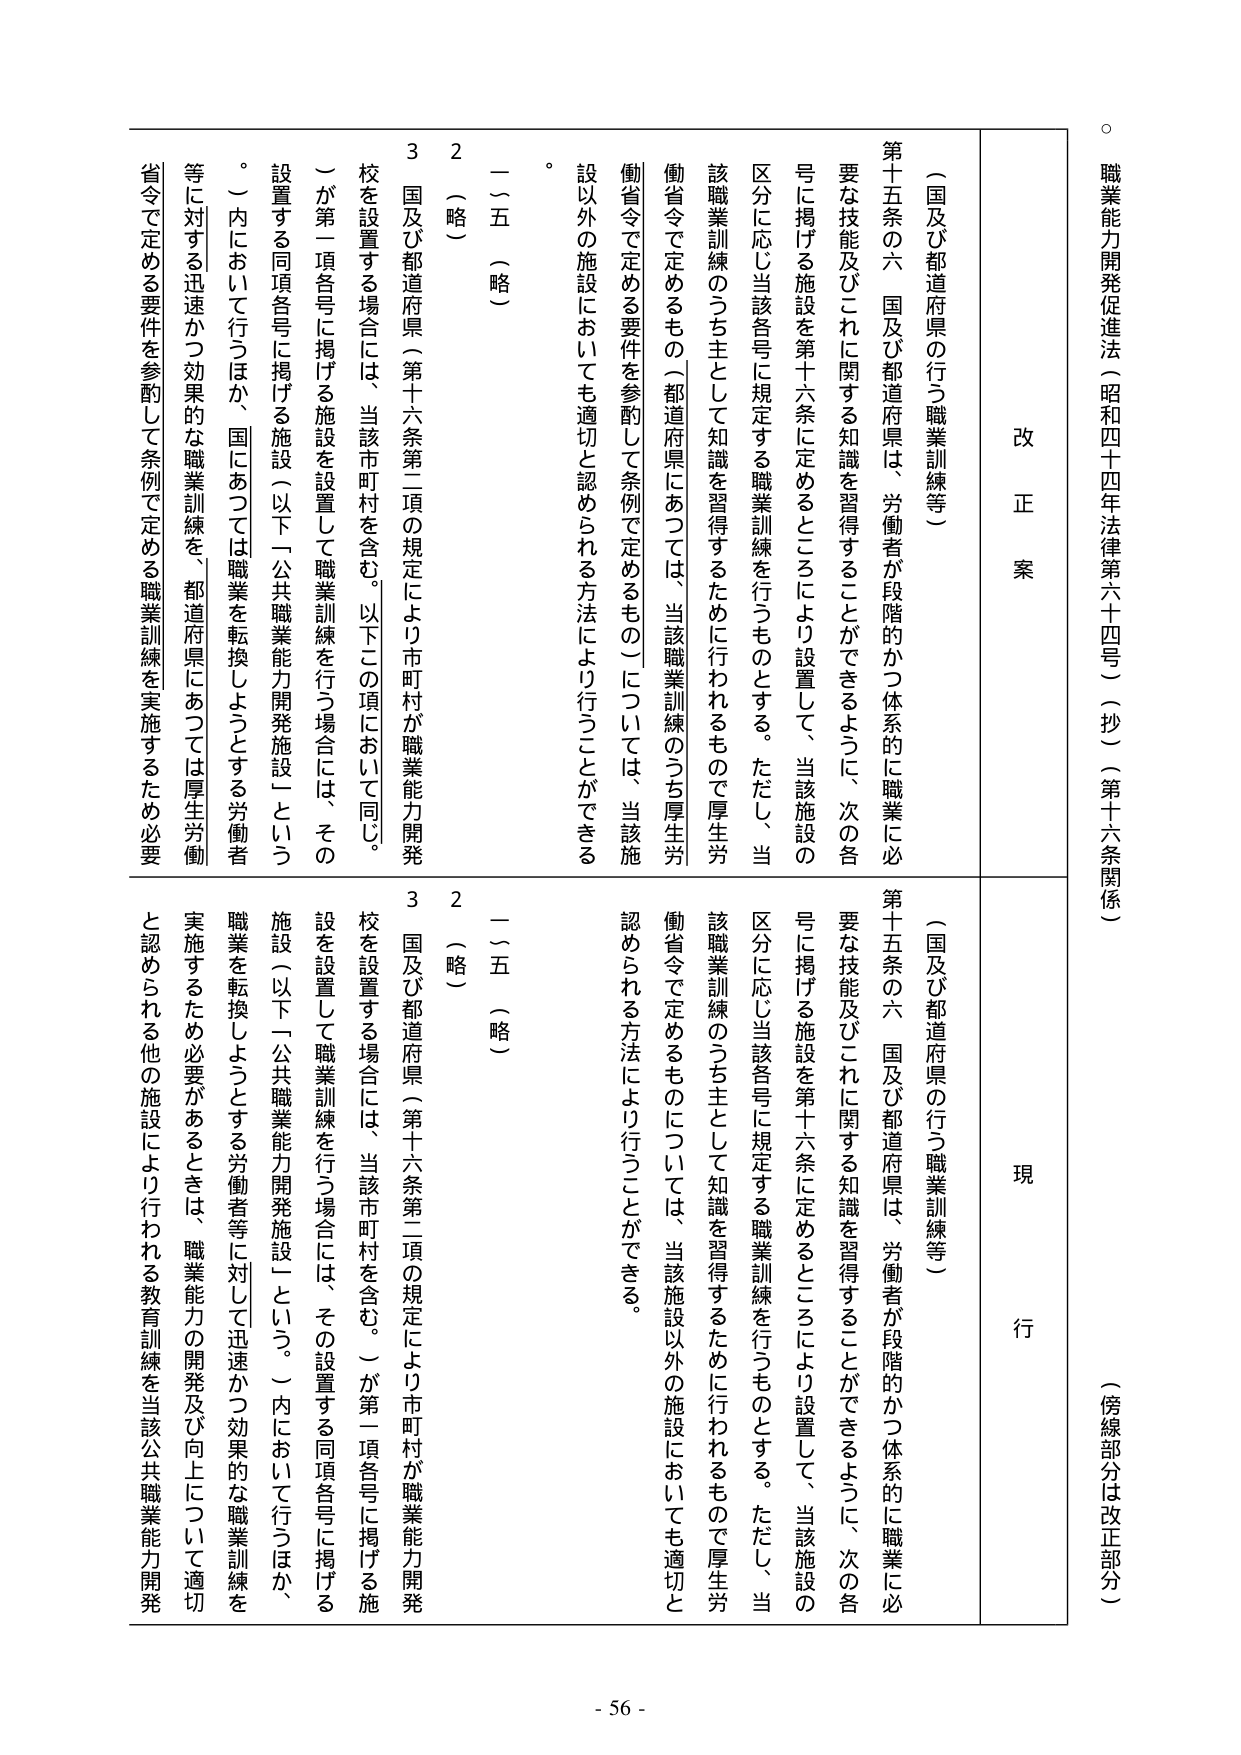
職業能力開発促進法（昭和四十四年法律第六十四号）（抄）（第十六条関係）
（傍線部分は改正部分）

改正案
現行

（国及び都道府県の行う職業訓練等）
第十五条の六 国及び都道府県は、労働者が段階的かつ体系的に職業に必要な技能及びこれに関する知識を習得することができるように、次の各号に掲げる施設を第十六条に定めるところにより設置して、当該施設の区分に応じ当該各号に規定する職業訓練を行うものとする。ただし、当該職業訓練のうち主として知識を習得するために行われるもので厚生労働省令で定めるもの（都道府県にあっては、当該職業訓練のうち厚生労働省令で定める要件を参酌して条例で定めるもの）については、当該施設以外の施設においても適切と認められる方法により行うことができる。

一～五（略）
2（略）
3 国及び都道府県（第十六条第二項の規定により市町村が職業能力開発校を設置する場合には、当該市町村を含む。以下この項において同じ。）が第一項各号に掲げる施設を設置して職業訓練を行う場合には、その設置する同項各号に掲げる施設（以下「公共職業能力開発施設」という。）内において行うほか、国にあっては職業を転換しようとする労働者等に対する迅速かつ効果的な職業訓練を、都道府県にあっては厚生労働省令で定める要件を参酌して条例で定める職業訓練を実施するため必要

（国及び都道府県の行う職業訓練等）
第十五条の六 国及び都道府県は、労働者が段階的かつ体系的に職業に必要な技能及びこれに関する知識を習得することができるように、次の各号に掲げる施設を第十六条に定めるところにより設置して、当該施設の区分に応じ当該各号に規定する職業訓練を行うものとする。ただし、当該職業訓練のうち主として知識を習得するために行われるもので厚生労働省令で定めるものについては、当該施設以外の施設においても適切と認められる方法により行うことができる。

一～五（略）
2（略）
3 国及び都道府県（第十六条第二項の規定により市町村が職業能力開発校を設置する場合には、当該市町村を含む。）が第一項各号に掲げる施設を設置して職業訓練を行う場合には、その設置する同項各号に掲げる施設（以下「公共職業能力開発施設」という。）内において行うほか、職業を転換しようとする労働者等に対して迅速かつ効果的な職業訓練を実施するため必要があるときは、職業能力の開発及び向上について適切と認められる他の施設により行われる教育訓練を当該公共職業能力開発

- 56 -